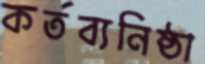
কর্তব্যনিষ্ঠা